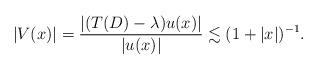
LaTeX: \begin{align*}|V(x)|=\frac{|(T(D)-\lambda)u(x)|}{|u(x)|}\lesssim (1+|x|)^{-1}.\end{align*}